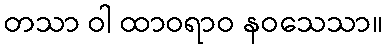
တသာ ဝါ ထာဝရာဝ နဝသေသာ။